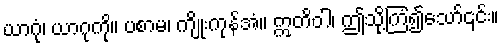
ယာဂုံ၊ ယာဂုကို။ ပစာမ၊ ကျိုးကုန်အံ။ ဣတိဝါ၊ ဤသို့ကြံ၍သော်၎င်း။